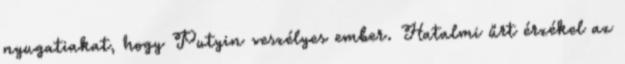
nyugatiakat, hogy Putyin veszélyes ember. Hatalmi űrt érzékel az